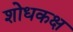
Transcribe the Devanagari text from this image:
शोधकक्ष